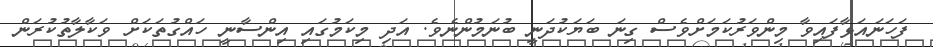
ފަހަނައަޅާފައިވާ މިންވަރުކަމަށްވެސް ގިނަ ބަޔަކުދަނީ ބުނަމުންނެވެ. އަދި މިކަމުގައި އިންސާނީ ހައްގުތަކަށް ވަކާލާތުކުރަން